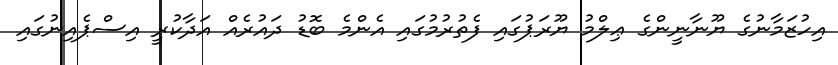
އިހުޒަމާނުގެ ޔޫނާނީންގެ ޢިލްމު ޔޫރަޕުގައި ފެތުރުމުގައި އެންމެ ބޮޑު ދައުރެއް އަދާކުރީ އިސްޕެއިނުގައި